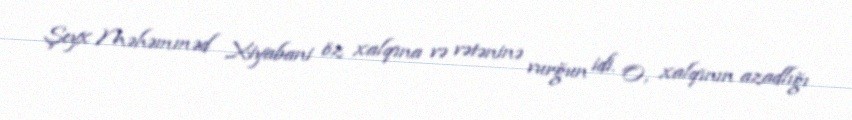
Şeyx Məhəmməd Xiyabani öz xalqına və vətəninə vurğun idi. O, xalqının azadlığı